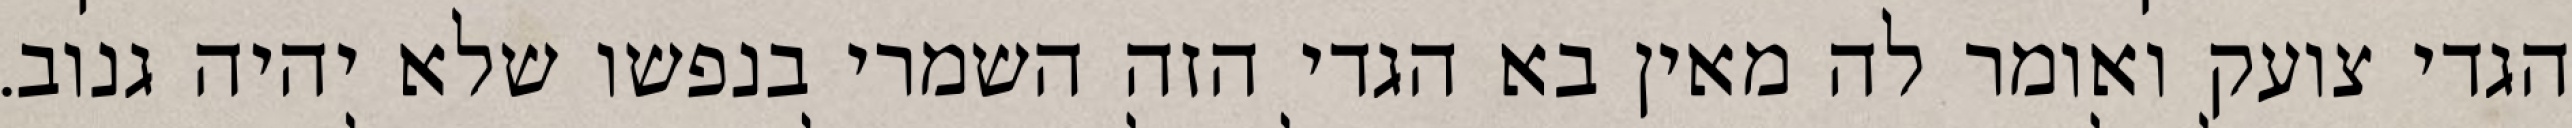
הגדי צועק ואומר לה מאין בא הגדי הזה השמרי בנפשו שלא יהיה גנוב.